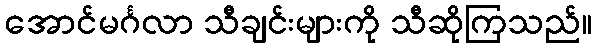
အောင်မင်္ဂလာ သီချင်းများကို သီဆိုကြသည်။